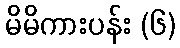
မိမိကားပန်း (၆)